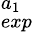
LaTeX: ^{a_{1}}_{exp}